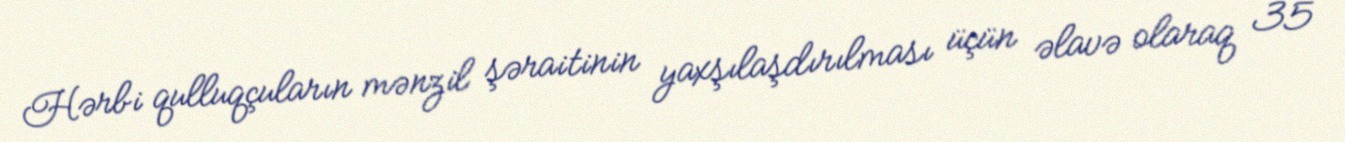
Hərbi qulluqçuların mənzil şəraitinin yaxşılaşdırılması üçün əlavə olaraq 35